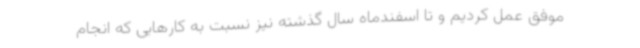
موفق عمل کردیم و تا اسفندماه سال گذشته نیز نسبت به کارهایی که انجام